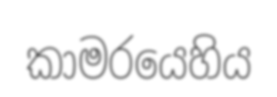
කාමරයෙහිය